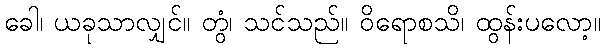
ခေါ၊ ယခုသာလျှင်။ တွံ၊ သင်သည်။ ဝိရောစသိ၊ ထွန်းပလော့။